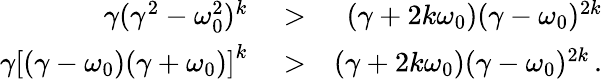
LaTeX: \begin{array}{rlr}{\gamma(\gamma^{2}-\omega_{0}^{2})^{k}}&{{}>}&{(\gamma+2k\omega_{0})(\gamma-\omega_{0})^{2k}}\\ {\gamma\left[(\gamma-\omega_{0})(\gamma+\omega_{0})\right]^{k}}&{{}>}&{(\gamma+2k\omega_{0})(\gamma-\omega_{0})^{2k}\, .}\end{array}